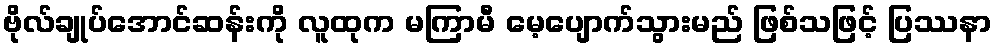
ဗိုလ်ချုပ်အောင်ဆန်းကို လူထုက မကြာမီ မေ့ပျောက်သွားမည် ဖြစ်သဖြင့် ပြဿနာ